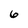
Character: 6